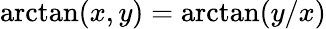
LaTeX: \arctan(x,y)=\arctan(y/x)